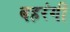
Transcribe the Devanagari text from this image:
बहरंगी